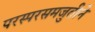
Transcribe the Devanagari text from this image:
परस्परसमजुतीने